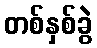
တစ်နှစ်ခွဲ